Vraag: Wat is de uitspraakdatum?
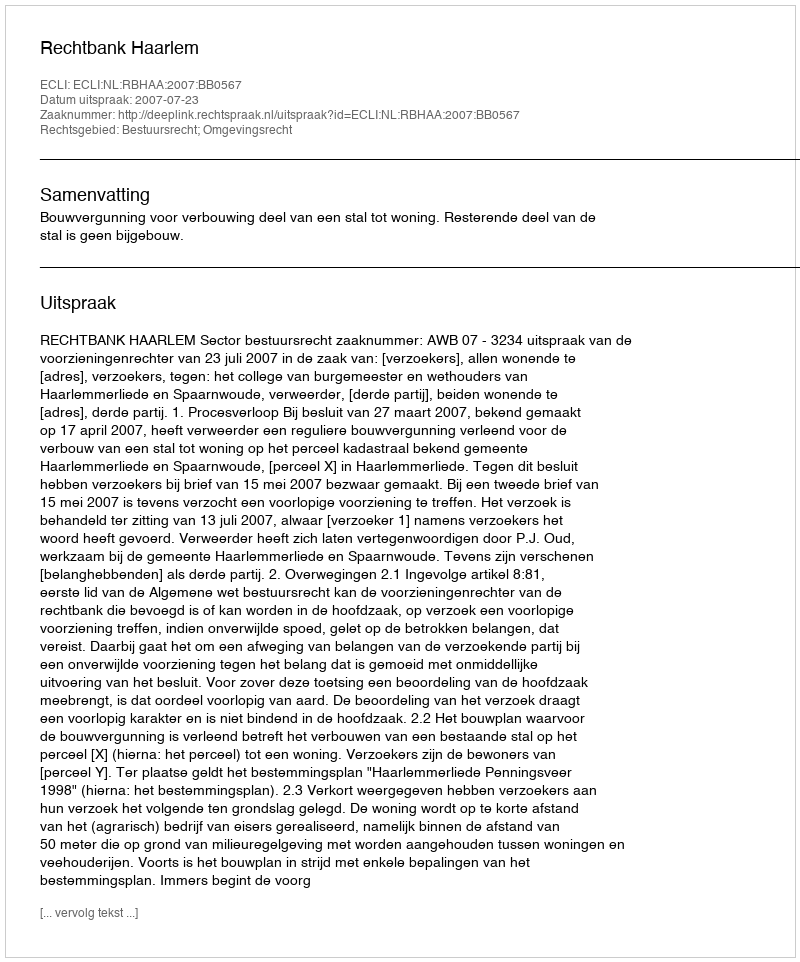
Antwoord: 2007-07-23